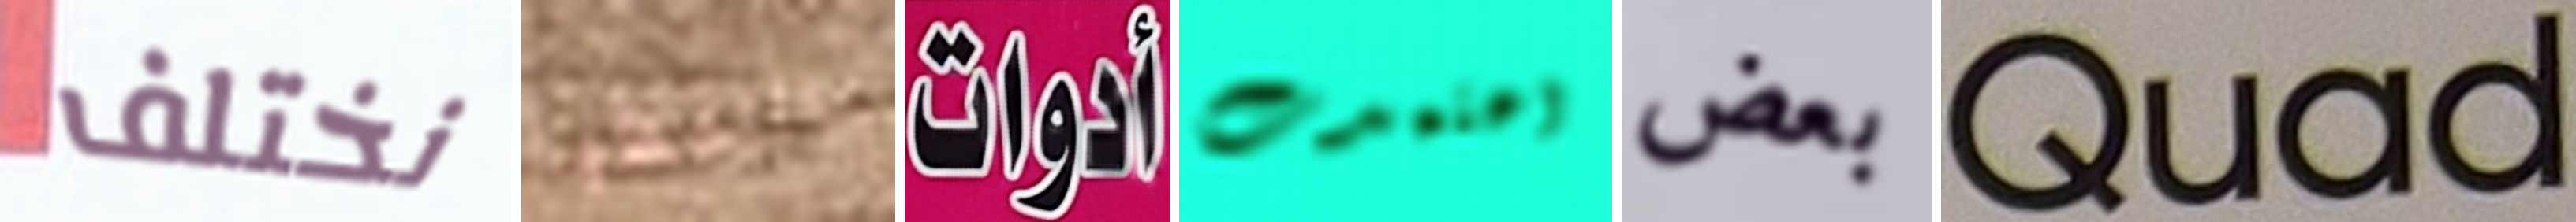
نختلف التقطها أدوات اعتمدت بعض Quad